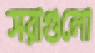
সরাগুলো